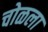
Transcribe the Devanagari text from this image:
चोळला